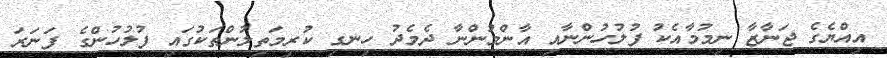
އިއްޔެގެ ޖަނާޒާ ނިމުމާއެކު ފުލުހުންނާއި އާންމުންނާ ދެމެދު ހިނގި ކުރިމަތިލުންތަކުގައި ފުލުހުންގެ ފަނަރަ